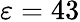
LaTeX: \varepsilon=43